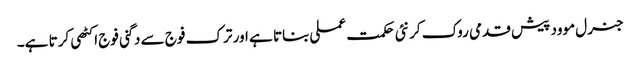
جنرل موود پیش قدمی روک کر نئی حکمت عملی بناتا ہے اور ترک فوج سے دگنی فوج اکٹھی کرتا ہے۔